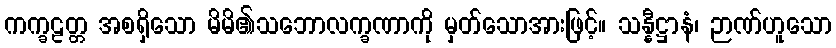
ကက္ခဠတ္တ အစရှိသော မိမိ၏သဘောလက္ခဏာကို မှတ်သောအားဖြင့်။ သန္နီဋ္ဌာနံ၊ ဉာဏ်ဟူသော